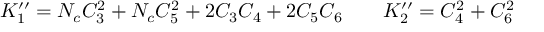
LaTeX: K _ { 1 } ^ { \prime \prime } = N _ { c } C _ { 3 } ^ { 2 } + N _ { c } C _ { 5 } ^ { 2 } + 2 C _ { 3 } C _ { 4 } + 2 C _ { 5 } C _ { 6 } \qquad K _ { 2 } ^ { \prime \prime } = C _ { 4 } ^ { 2 } + C _ { 6 } ^ { 2 }